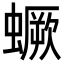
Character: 蟩